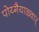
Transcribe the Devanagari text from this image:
पोय्गैयाळ्वार्